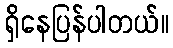
ရှိနေပြန်ပါတယ်။